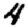
Digit: 4